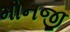
મોનજી